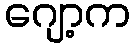
ဂျော့က